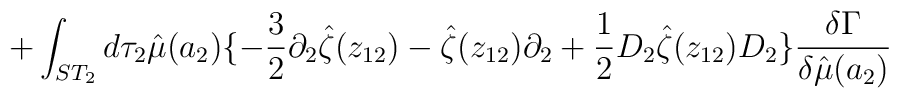
+\int_{ST_2}d\tau_2\hat\mu(a_2)\{-{3\over2}\partial_2\hat\zeta(z_{12})-\hat\zeta(z_{12})\partial_2+{1\over2}D_2\hat\zeta(z_{12}) D_2\}{\delta \Gamma\over \delta\hat\mu(a_2)}